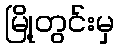
မြို့တွင်းမှ